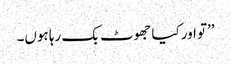
’’تو اور کیا جھوٹ بک رہا ہوں۔